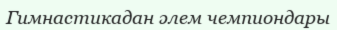
Гимнастикадан әлем чемпиондары